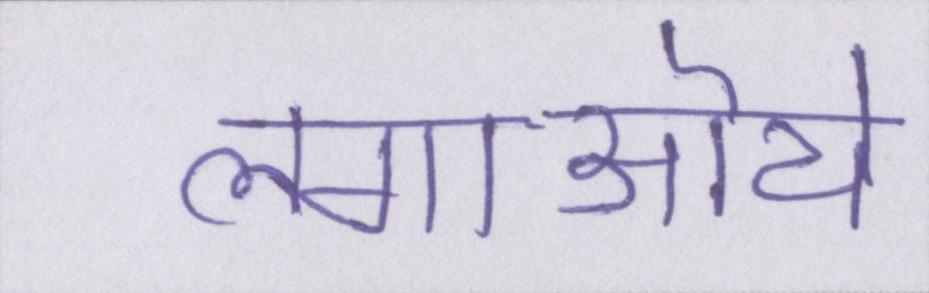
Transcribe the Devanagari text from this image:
लगाऒये